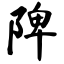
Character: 陴